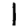
Digit: 1